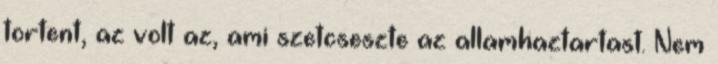
tortent, az volt az, ami szetcseszte az allamhaztartast. Nem